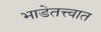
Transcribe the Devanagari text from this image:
भाडेतत्त्वात